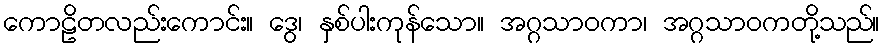
ကောဠိတလည်းကောင်း။ ဒွေ၊ နှစ်ပါးကုန်သော။ အဂ္ဂသာဝကာ၊ အဂ္ဂသာဝကတို့သည်။